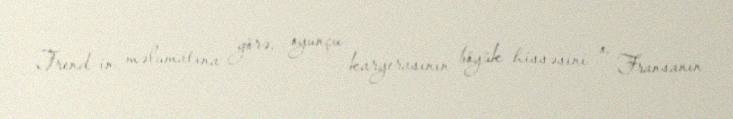
Trend-in məlumatına görə, oyunçu karyerasının böyük hissəsini o, Fransanın